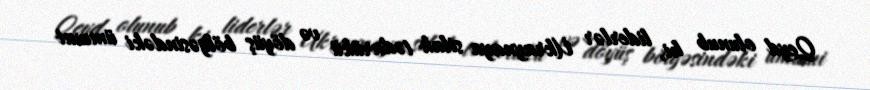
Qeyd olunub ki, liderlər Ukraynaya silah tədarükü və döyüş bölgəsindəki ümumi